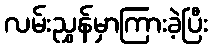
လမ်းညွှန်မှာကြားခဲ့ပြီး